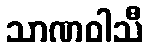
သာဏဝါသီ